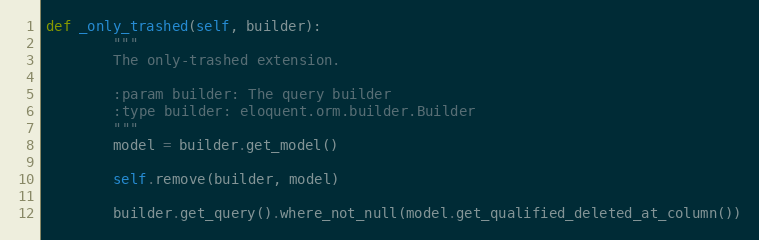
Language: Python
def _only_trashed(self, builder):
        """
        The only-trashed extension.

        :param builder: The query builder
        :type builder: eloquent.orm.builder.Builder
        """
        model = builder.get_model()

        self.remove(builder, model)

        builder.get_query().where_not_null(model.get_qualified_deleted_at_column())